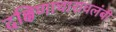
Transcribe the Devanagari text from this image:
दक्षिणाचारावलंबी